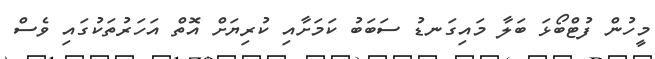
މީހުން ފުޓްބޯޅަ ބަލާ މައިގަނޑު ސަބަބު ކަމަށާއި ކުރިޔަށް އޮތް އަހަރުތަކުގައި ވެސް